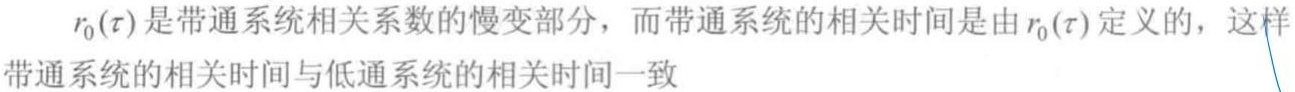
$r_0(\tau)$是带通系统相关系数的慢变部分，而带通系统的相关时间是由$r_0(\tau)$定义的，这样带通系统的相关时间与低通系统的相关时间一致